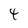
Character: 4